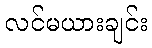
လင်မယားချင်း